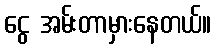
ငွေ အမ်းတာမှားနေတယ်။